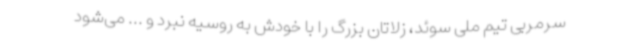
سرمربی تیم ملی سوئد، زلاتان بزرگ را با خودش به روسیه نبرد و ... می‌شود